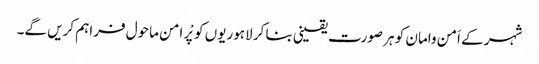
شہر کے اَمن وامان کو ہر صورت یقینی بنا کر لاہوریوں کو پْر امن ماحول فراہم کریں گے۔